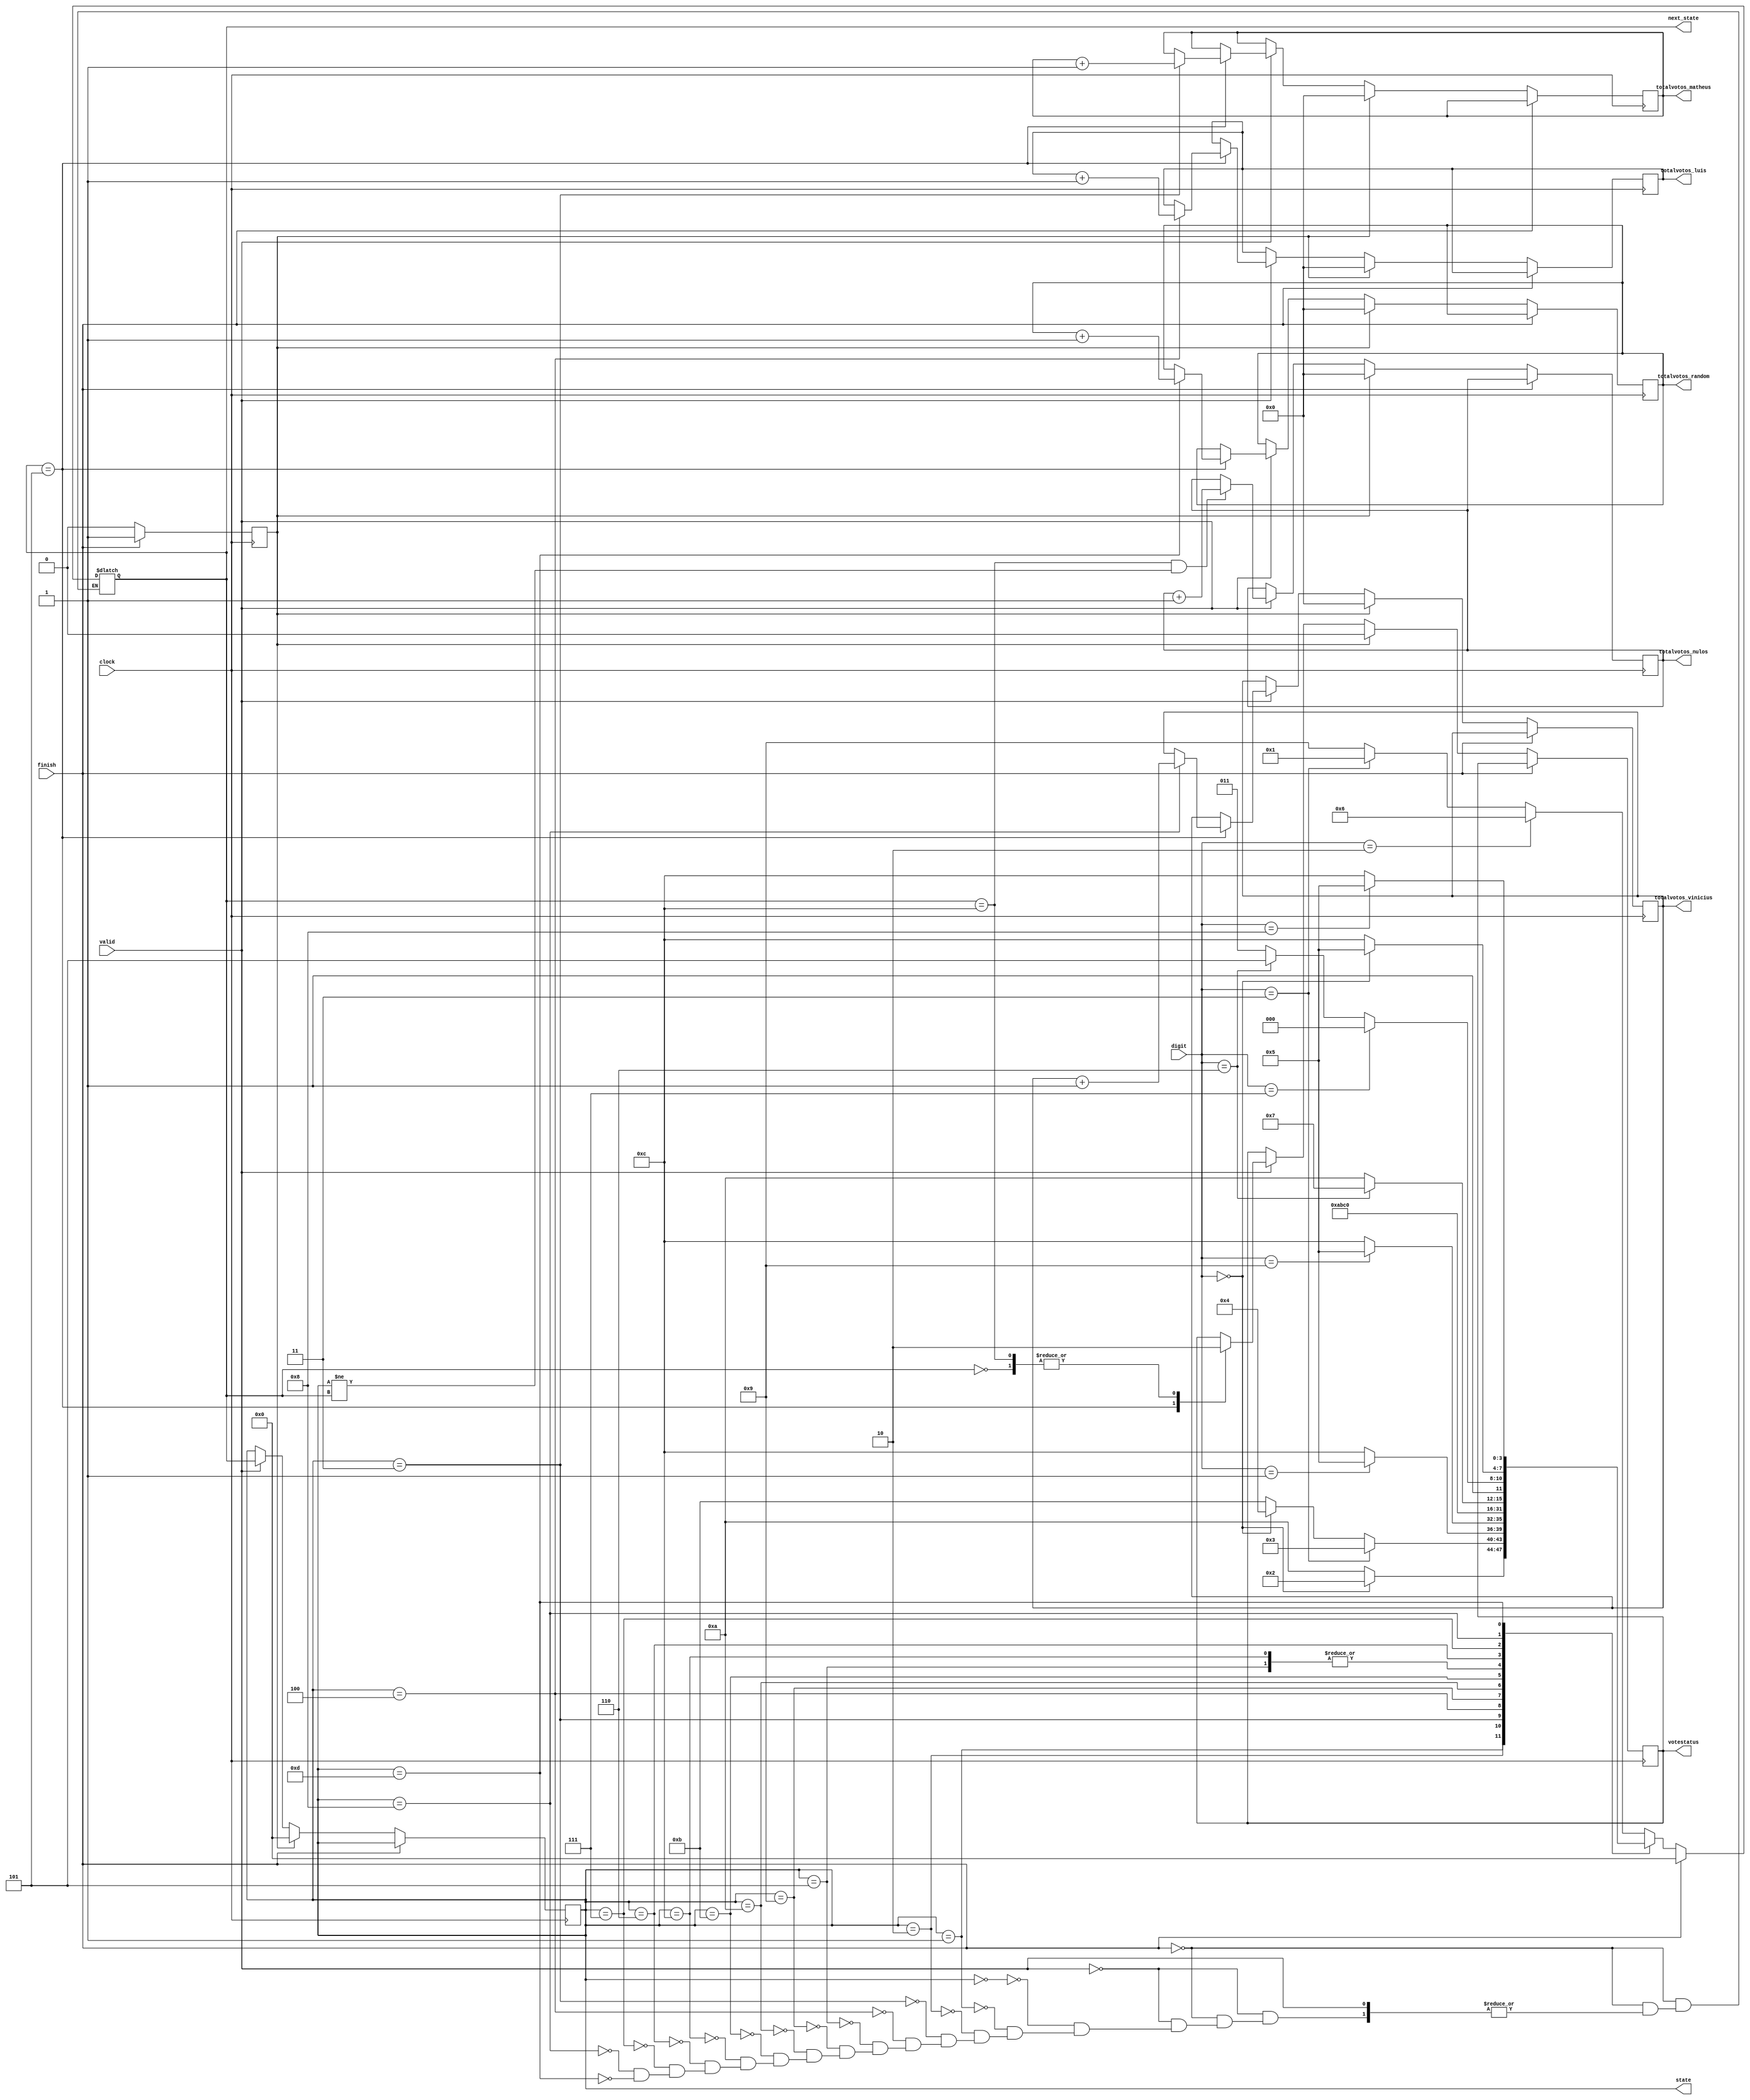
module trabalho_pratico2(clock, 
finish, 
valid, 
digit, 
votestatus, 
totalvotos_matheus, 
totalvotos_luis, 
totalvotos_vinicius, 
totalvotos_nulos, 
totalvotos_random,
state,
next_state
);

	input wire clock;
	input wire finish;
	input wire valid;
	input wire [3:0] digit;
	output reg votestatus;
	
	output reg [7:0] totalvotos_nulos;
	output reg [7:0] totalvotos_matheus;
	output reg [7:0] totalvotos_luis;
	output reg [7:0] totalvotos_vinicius;
	output reg [7:0] totalvotos_random;

	parameter q0  = 4'b0000;
	parameter q1  = 4'b0001;
	parameter q2  = 4'b0010;
	parameter q3  = 4'b0011;
	parameter q4  = 4'b0100;
	parameter q5  = 4'b0101;
	parameter q6  = 4'b0110;
	parameter q7  = 4'b0111;
	parameter q8  = 4'b1000;
	parameter q9  = 4'b1001;
	parameter q10 = 4'b1010;
	parameter q11 = 4'b1011;
	parameter q12 = 4'b1100;
	parameter q13 = 4'b1101;

	output reg [3:0] state;
	output reg [3:0] next_state;
	reg resetar;
	initial begin
		state <= q0;
		votestatus <= 0;
		totalvotos_nulos <= 0;
		totalvotos_matheus <= 0;
		totalvotos_luis <= 0;
		totalvotos_vinicius <= 0;
		totalvotos_random <= 0;
		next_state<=q0;
		resetar <= 0;
	end
	
	always @ (posedge clock) begin
		
		if(finish) begin
			resetar = 1;
		end 
		else begin				
			if (valid == 1)begin
				if(next_state == q5) begin
					case(state) 
						q3:begin							
							totalvotos_matheus = totalvotos_matheus +1;							
						end
						q4: begin
							totalvotos_luis = totalvotos_luis +1;
						end
						q8: begin
							totalvotos_vinicius = totalvotos_vinicius +1;
						end						
						q13: begin
							totalvotos_random = totalvotos_random +1;
						end
					endcase
				end
				if(next_state == q12 && state != next_state) begin
					totalvotos_nulos = totalvotos_nulos+1;
				end
				state = next_state;
				case(state)
					q0: begin				
						votestatus = 0;		
					end
					q5: begin
						votestatus = 1;
					end
					q12: begin
						votestatus = 0;												
					end
					
				endcase
			end
			if(resetar) begin
				state = q0;
				votestatus = 0;			
				totalvotos_nulos = 0;
				totalvotos_matheus = 0;
				totalvotos_luis = 0;
				totalvotos_vinicius = 0;
				totalvotos_random = 0;
				resetar = 0;
			end
		end
	end
	
	
	always @ (valid or finish) begin
		if(finish) begin
			//totalvotos_nulos <= 0;
			//totalvotos_matheus <= 0;
			//totalvotos_luis <= 0;
			//totalvotos_vinicius <= 0;
			//totalvotos_random <= 0;
			next_state <= q0;
		end
		else begin
			
			if(valid == 0) begin
				case(state)
					q0: begin
						if(digit == 2)
							next_state = q6;
						else
							if(digit == 3) begin
								next_state = q1;
							end
							else begin
								next_state = q9;
								//totalvotos_nulos = totalvotos_nulos+1;
							end
					end
					q1: begin
						if(digit == 0)
							next_state = q2;
						else begin
							next_state = q10;
							//totalvotos_nulos = totalvotos_nulos+1;
						end
					end
					q2: begin
						if(digit == 3)
							next_state = q3;
						else
							if(digit == 0)
								next_state = q4;
							else begin
								next_state = q11;
								//totalvotos_nulos = totalvotos_nulos+1;
							end
					end
					q3: begin
						if(digit == 1) begin
							//totalvotos_matheus = totalvotos_matheus +1;
							next_state = q5;
							//totalvotos_matheus = totalvotos_matheus +1;
						end
						else begin
							next_state = q12;
							//totalvotos_nulos = totalvotos_nulos+1;
						end
					end
					q4: begin
						if(digit == 9) begin
							next_state = q5;
							//totalvotos_luis = totalvotos_luis +1;

						end
						else begin
							next_state = q12;
							//totalvotos_nulos = totalvotos_nulos+1;
						end
					end
					q5: begin
						next_state = q0; // entrada para novo candidato.
					end
					q9: begin
						next_state = q10; // no importa o valor de entrada, a senha j est errada.
					end
					q10: begin
						next_state = q11;
					end
					q11: begin
						next_state = q12;
					end
					q12: begin
						next_state = q0; // entrada para novo candidato.
					end
					q6: begin
						if(digit == 6)
							next_state = q7;
						else begin 
							next_state = q10;
							//totalvotos_nulos = totalvotos_nulos+1;
						end
					end
					q7: begin
						if(digit == 7)
							next_state = q8;
						else 
							if(digit == 6)
								next_state = q13;
							else begin
								next_state = q11;
								//totalvotos_nulos = totalvotos_nulos+1;
							end
						end
					q8: begin
						if(digit == 0) begin
							next_state = q5;
							//totalvotos_vinicius = totalvotos_vinicius +1;
						end
						else begin
							next_state = q12;
							//totalvotos_nulos = totalvotos_nulos+1;
						end
					end
					q13: begin
						if(digit == 8) begin
							next_state = q5;
							//totalvotos_random = totalvotos_random +1;
						end
						else begin
							next_state = q12;
							//totalvotos_nulos = totalvotos_nulos+1;
						end
					end
				endcase
				//if(state == q12 && next_state == q12)
					//totalvotos_nulos = totalvotos_nulos+1;
			end
			else begin
				//next_state = state; //permanece no mesmo estado
			end
		end
	end

endmodule